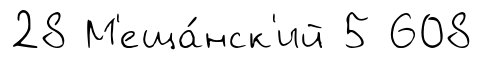
28 М'еща́нск'ий 5 608